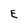
Character: E